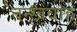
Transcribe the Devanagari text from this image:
तन्ख़्वाह